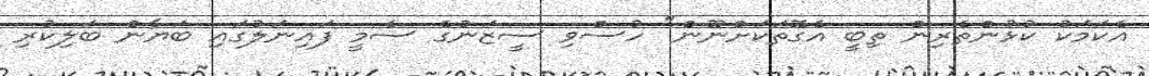
އެކަމަކު ކުޅުންތެރިން ތިބީ އެގޮތަކަށްނޫން" ހުސްވި ސީޒަނުގެ ސެމީ ފައިނަލުގައި ބަޔާން ބަލިކުރި